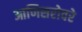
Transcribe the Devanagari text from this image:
आणिसरोवरे